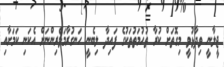
ޖީލާނީ ވިދާޅުވީ މިގޮތަށް ކުރާ ތުހުމަތުތަކުގެ ފައިދާ ލިބެނީ ހަނގުރާމަވެރިންނަށް އެކަނި ކަމަށާއި